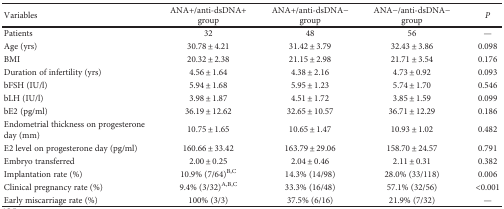
<table><thead><tr><td><b>Variables</b></td><td><b>ANA+/anti-dsDNA+ group</b></td><td><b>ANA+/anti-dsDNA− group</b></td><td><b>ANA−/anti-dsDNA− group</b></td><td><b><i>P</i></b></td></tr></thead><tbody><tr><td>Patients</td><td>32</td><td>48</td><td>56</td><td>—</td></tr><tr><td>Age (yrs)</td><td>30.78 ± 4.21</td><td>31.42 ± 3.79</td><td>32.43 ± 3.86</td><td>0.098</td></tr><tr><td>BMI</td><td>20.32 ± 2.38</td><td>21.15 ± 2.98</td><td>21.71 ± 3.54</td><td>0.176</td></tr><tr><td>Duration of infertility (yrs)</td><td>4.56 ± 1.64</td><td>4.38 ± 2.16</td><td>4.73 ± 0.92</td><td>0.093</td></tr><tr><td>bFSH (IU/l)</td><td>5.94 ± 1.68</td><td>5.95 ± 1.23</td><td>5.74 ± 1.70</td><td>0.546</td></tr><tr><td>bLH (IU/l)</td><td>3.98 ± 1.87</td><td>4.51 ± 1.72</td><td>3.85 ± 1.59</td><td>0.099</td></tr><tr><td>bE2 (pg/ml)</td><td>36.19 ± 12.62</td><td>32.65 ± 10.57</td><td>36.71 ± 12.29</td><td>0.186</td></tr><tr><td>Endometrial thickness on progesterone day (mm)</td><td>10.75 ± 1.65</td><td>10.65 ± 1.47</td><td>10.93 ± 1.02</td><td>0.482</td></tr><tr><td>E2 level on progesterone day (pg/ml)</td><td>160.66 ± 33.42</td><td>163.79 ± 29.06</td><td>158.70 ± 24.57</td><td>0.791</td></tr><tr><td>Embryo transferred</td><td>2.00 ± 0.25</td><td>2.04 ± 0.46</td><td>2.11 ± 0.31</td><td>0.382</td></tr><tr><td>Implantation rate (%)</td><td>10.9% (7/64)<sup>B,C</sup></td><td>14.3% (14/98)</td><td>28.0% (33/118)</td><td>0.006</td></tr><tr><td>Clinical pregnancy rate (%)</td><td>9.4% (3/32)<sup>A,B,C</sup></td><td>33.3% (16/48)</td><td>57.1% (32/56)</td><td>&lt;0.001</td></tr><tr><td>Early miscarriage rate (%)</td><td>100% (3/3)</td><td>37.5% (6/16)</td><td>21.9% (7/32)</td><td>—</td></tr></tbody></table>